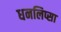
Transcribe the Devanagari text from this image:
धनलिप्सा